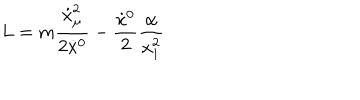
LaTeX: L = m \frac { \dot { x } _ { \mu } ^ { 2 } } { 2 \dot { x } { } ^ { 0 } } - \frac { \dot { x } { } ^ { 0 } } { 2 } \frac { \alpha } { x _ { 1 } ^ { 2 } }